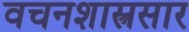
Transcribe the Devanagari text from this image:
वचनशास्त्रसार